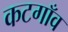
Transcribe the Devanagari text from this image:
कटगाँव